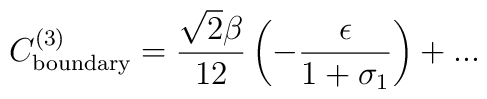
C_{\rm boundary}^{(3)}=\frac{\sqrt{2}\beta}{12}\left(-\frac{\epsilon}{1+\sigma_{1}}\right)+...